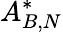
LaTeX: A_{B,N}^{*}